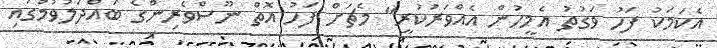
އެކަމަކު ފަހު ވަގުތު އެމީހުން އެއްވަރުކުރީ" މެޗަށް ފަހު އޮތް ނޫސްވެރިންގެ ބައްދަލުވުމުގައި